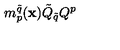
m _ { p } ^ { \tilde { q } } ( { \bf x } ) \tilde { Q } _ { \tilde { q } } Q ^ { p }